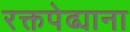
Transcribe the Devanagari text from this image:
रक्तपेढ्याना